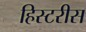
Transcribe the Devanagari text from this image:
हिस्टरीस